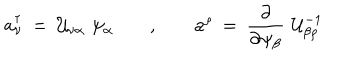
LaTeX: { \mathbf a } _ { \nu } ^ { \dagger } \: = \: { \cal U } _ { \nu \alpha } \, \, \psi _ { \alpha } \; , \; { \mathbf a } ^ { \rho } \: = \: { \frac { \partial } { \partial \psi _ { \beta } } } \, \, { \cal U } _ { \beta \rho } ^ { - 1 }